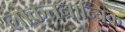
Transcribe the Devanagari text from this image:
लोकतन्रान्त्रिक